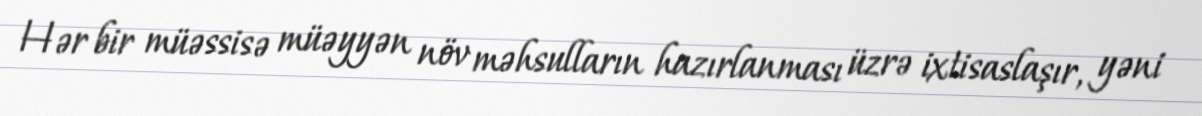
Hər bir müəssisə müəyyən növ məhsulların hazırlanması üzrə ixtisaslaşır, yəni